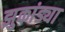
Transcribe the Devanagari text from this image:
झुकांड्या